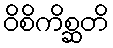
ဝိစိကိစ္ဆတိ